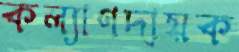
কল্যাণদায়ক